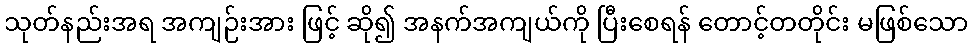
သုတ်နည်းအရ အကျဉ်းအား ဖြင့် ဆို၍ အနက်အကျယ်ကို ပြီးစေရန် တောင့်တတိုင်း မဖြစ်သော